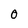
Character: 0